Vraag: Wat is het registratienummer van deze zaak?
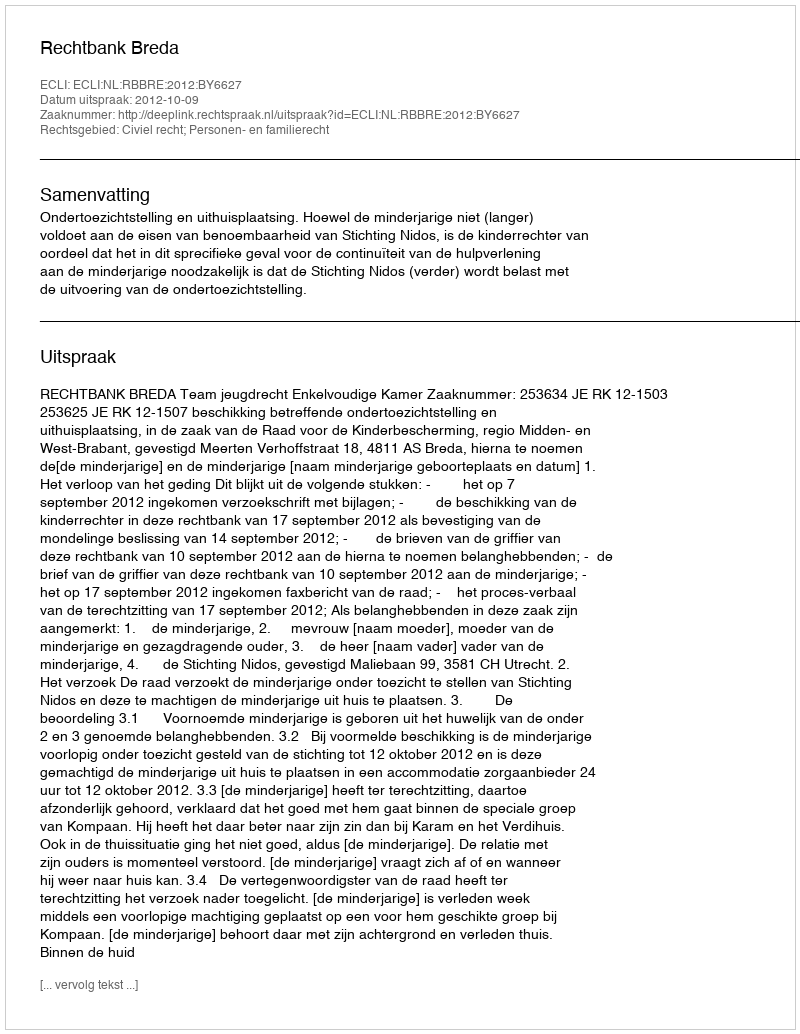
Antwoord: http://deeplink.rechtspraak.nl/uitspraak?id=ECLI:NL:RBBRE:2012:BY6627